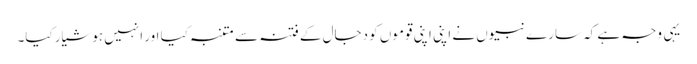
یہی وجہ ہے کہ سارے نبیوں نے اپنی اپنی قوموں کو دجال کے فتنہ سے متنبہ کیا اور انہیں ہوشیار کیا۔